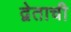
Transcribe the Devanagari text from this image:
द्वेताची